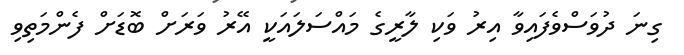
ގިނަ ދުވަސްވެފައިވާ އިރު ވަކި ލާރީގެ މައްސަލައަކީ އޭރު ވަރަށް ބޮޑަށް ފެންމަތިވި